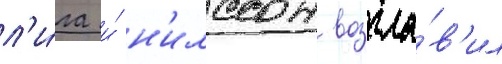
л'и́га и́ н'илссон возгла́в'ил